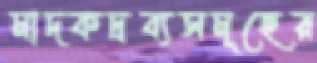
মাদকদ্রব্যসমূহের